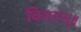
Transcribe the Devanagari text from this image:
बिसरामु॥